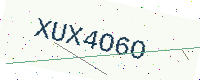
Text: XUX4O6O